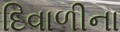
દિવાળીના